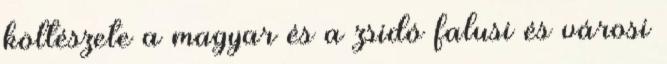
költészete a magyar és a zsidó falusi és városi